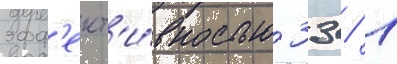
эфф'ект'и́вностью 33 / 1